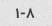
۱-۸